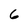
Character: 6